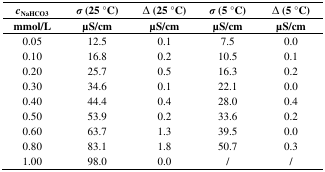
<table><thead><tr><td><b><i>c</i><sub>NaHCO3</sub></b></td><td><b><i>σ</i> (25 °C)</b></td><td><b>Δ (25 °C)</b></td><td><b><i>σ</i> (5 °C)</b></td><td><b>Δ (5 °C)</b></td></tr><tr><td><b>mmol/L</b></td><td><b>μS/cm</b></td><td><b>μS/cm</b></td><td><b>μS/cm</b></td><td><b>μS/cm</b></td></tr></thead><tbody><tr><td>0.05</td><td>12.5</td><td>0.1</td><td>7.5</td><td>0.0</td></tr><tr><td>0.10</td><td>16.8</td><td>0.2</td><td>10.5</td><td>0.1</td></tr><tr><td>0.20</td><td>25.7</td><td>0.5</td><td>16.3</td><td>0.2</td></tr><tr><td>0.30</td><td>34.6</td><td>0.1</td><td>22.1</td><td>0.0</td></tr><tr><td>0.40</td><td>44.4</td><td>0.4</td><td>28.0</td><td>0.4</td></tr><tr><td>0.50</td><td>53.9</td><td>0.2</td><td>33.6</td><td>0.2</td></tr><tr><td>0.60</td><td>63.7</td><td>1.3</td><td>39.5</td><td>0.0</td></tr><tr><td>0.80</td><td>83.1</td><td>1.8</td><td>50.7</td><td>0.3</td></tr><tr><td>1.00</td><td>98.0</td><td>0.0</td><td>/</td><td>/</td></tr></tbody></table>